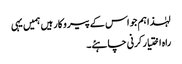
لہٰذا ہم جو اس کے پیروکار ہیں ہمیں یہی
راہ اختیار کرنی چاہئے۔